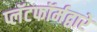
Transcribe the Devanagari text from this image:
प्लॅटफॉर्मद्वारे